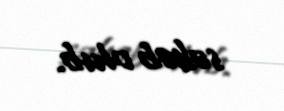
səbəb olub.